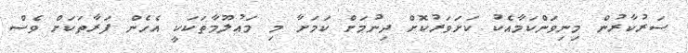
ސަރުކާރުން މިނިވަންކަމާއެކު ކަށަވަރުކޮށް ދިނުމަށް ކަމަށާ މި މައުލޫމާތަކަކީ އެހެން ފަރާތަކަށް ވެސް